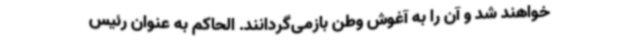
خواهند شد و آن را به آغوش وطن بازمی‌گردانند. الحاکم به عنوان رئیس